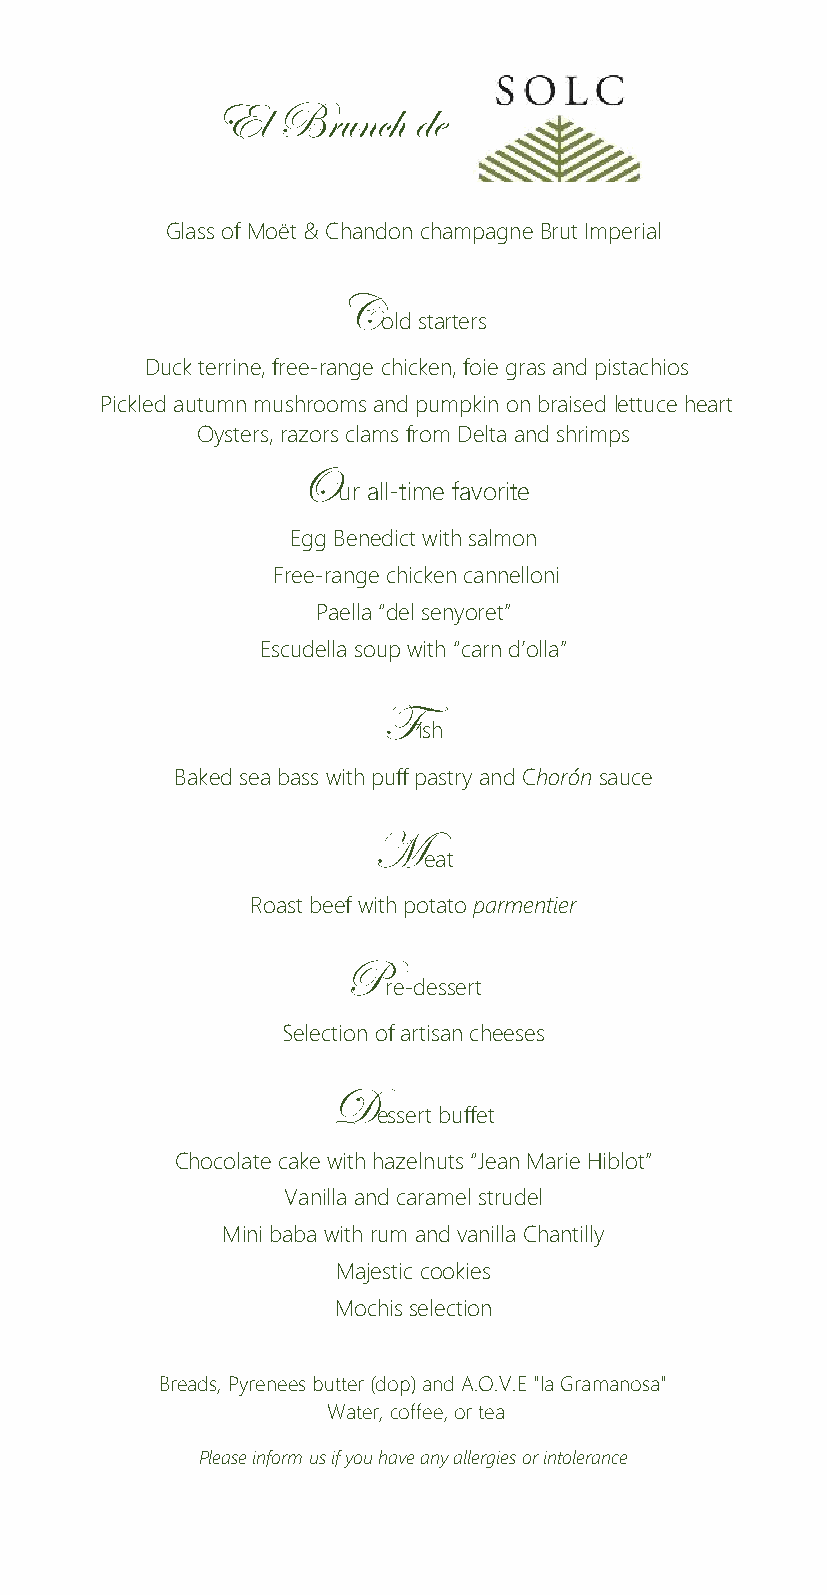
El  Brunch   de
 Glass of Moët & Chandon champagne Brut Imperial
 C
 old starters
 Duck terrine, free-range chicken, foie gras and pistachios
 Pickled autumn mushrooms and pumpkin on braised lettuce heart
 Oysters, razors clams from Delta and shrimps
 O
 ur all-time favorite
 Egg Benedict with salmon
 Free-range chicken cannelloni
 Paella “del senyoret”
 Escudella soup with “carn d’olla”
 F
 ish
 Baked sea bass with puff pastry and Chorón sauce
 M
 eat
 Roast beef with potato parmentier
 P
 re-dessert
 Selection of artisan cheeses
 D
 essert buffet
 Chocolate cake with hazelnuts “Jean Marie Hiblot”
 Vanilla and caramel strudel
 Mini baba with rum and vanilla Chantilly
 Majestic cookies
 Mochis selection
 Breads, Pyrenees butter (dop) and A.O.V.E "la Gramanosa"
 Water, coffee, or tea
 Please inform us if you have any allergies or intolerance